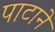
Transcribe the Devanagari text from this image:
पाटाने